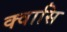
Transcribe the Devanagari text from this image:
क्वासि